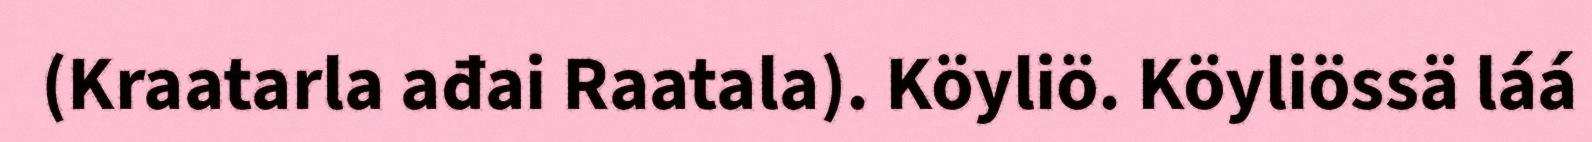
(Kraatarla ađai Raatala). Köyliö. Köyliössä láá